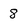
Character: 8